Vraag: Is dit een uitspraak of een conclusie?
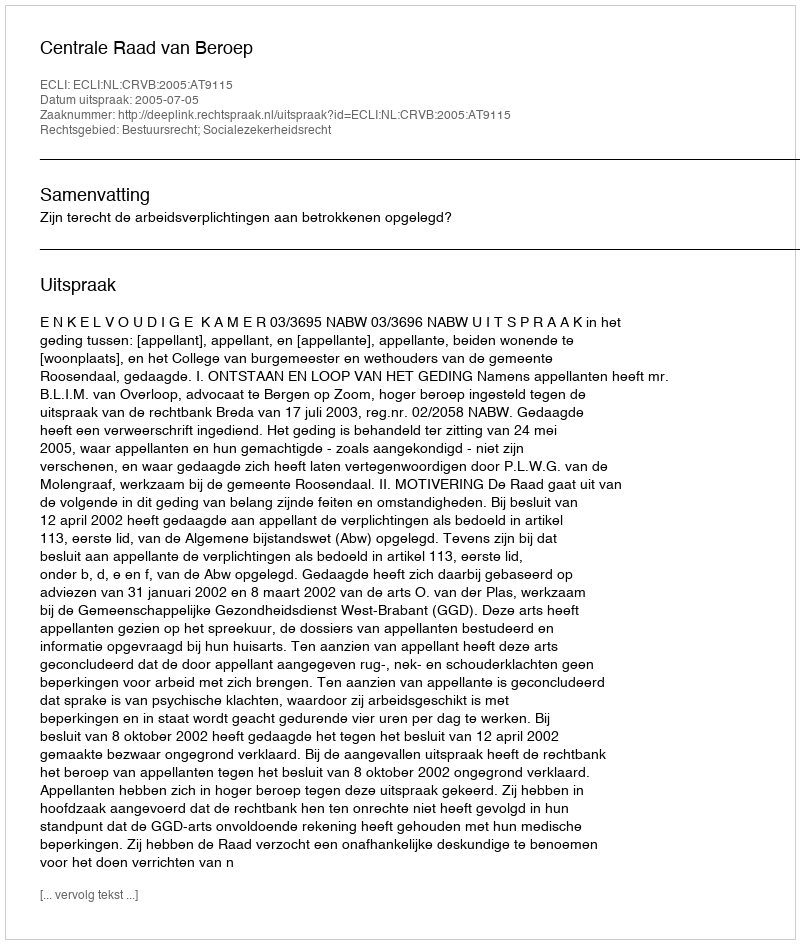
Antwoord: Uitspraak